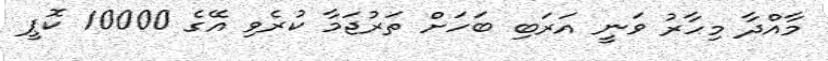
މާއްދާ މިހާރު ވަނީ އަރަބި ބަހަށް ތަރުޖަމާ ކުރެވި އޭގެ 10000 ކޮޕީ